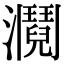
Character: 𤄎